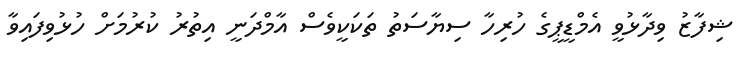
ޝިފާޒު ވިދާޅުވީ އެމްޑީޕީގެ ހުރިހާ ސިޔާސަތު ތަކަކީވެސް އާމްދަނީ އިތުރު ކުރުމަށް ހުޅުވިފައިވާ